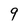
Character: 9